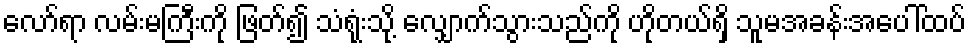
လော်ရာ လမ်းမကြီးကို ဖြတ်၍ သံရုံးသို့ လျှောက်သွားသည်ကို ဟိုတယ်ရှိ သူမအခန်းအပေါ်ထပ်